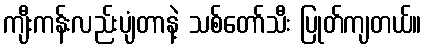
ကျီးကန်းလည်းပျံတာနဲ့ သစ်တော်သီး ပြုတ်ကျတယ်။